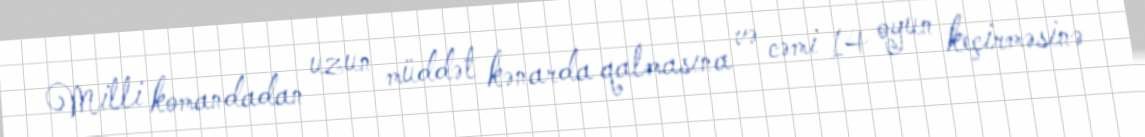
Milli komandadan uzun müddət kənarda qalmasına və cəmi 14 oyun keçirməsinə